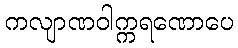
ကလျာဏဝါက္ကရဏောပေ